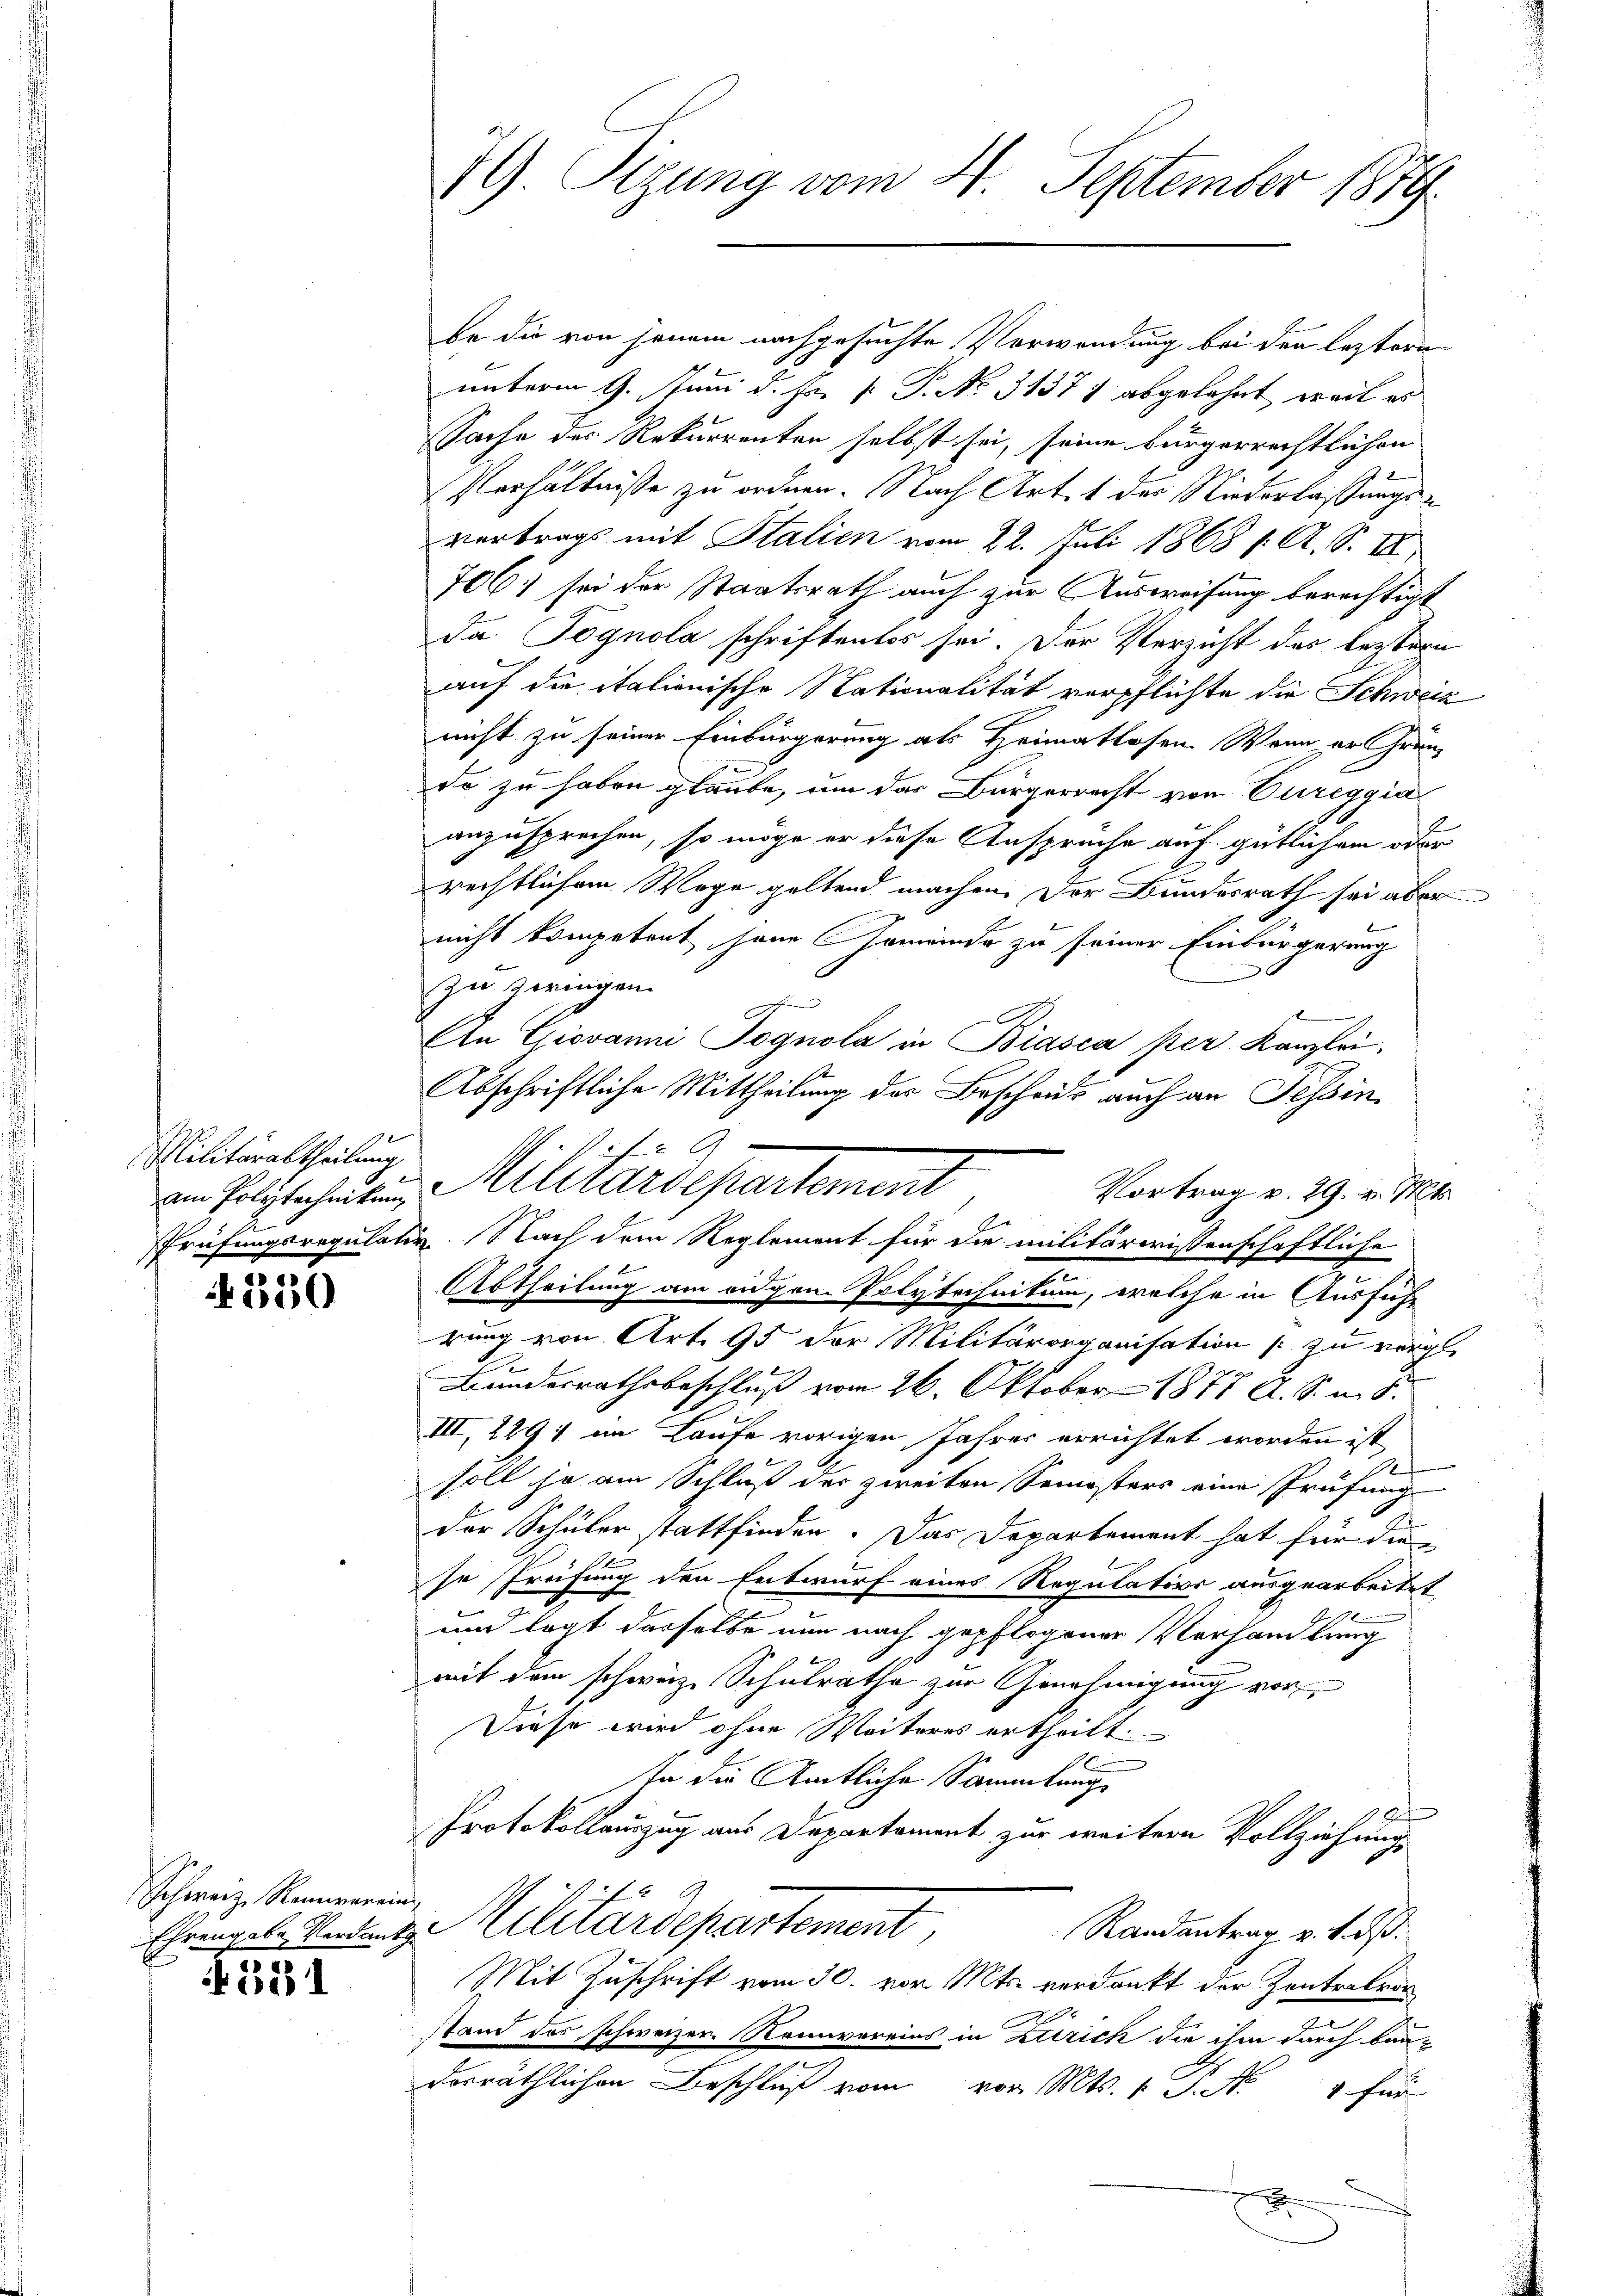
Militärabtheilung
1

350

Schweiz. Ramarein

381

7 Sizung vom 4. September 1879.

be die von jenem nachgesuchte Verwendung bei den leztere
unterm 9. Juni d. Fr. p. P. No 31371 abgelehnt, weil es
Sache des Rekurrenten selbst sei, seine bürgerrechtlichen
Verhältnisse zu ordnen. Nach Art. 1 der Niederlassungsvertrags mit Italien vom 22. Juli 1868 f. A. S. III
706. sei der Staatsrath auch zur Ausweisung berechtigt
da Pognola schriftenlos sei. Der Verzicht des leztern
auf die italionische Nationalität verpflichte die Schweiz
nicht zu seiner Einbürgerung als Heimatlosen. Wenn er Grenz
do zu haben glaube, um das Bürgerrecht von Eureggia
anzusprechen, so möge er diese Ansprüche auf gütlichem oder
rechtlichem Wege geltend machen. Der Bundesrath sei aber
g
nicht kompetent sane Gemeinde zu seiner Einbürgerung
zu zeringen.
erschen
An Giovanni Jognola in Biasca per Kanzlei,
Abschriftliche Mittheilung des Beschaus auch an Tessin,
Abtheilung am eidgen Polytechnitum, welche in Ausführ
rung von Art. 95 der Militärorganisation zu vergl.
Bundesrathsbeschluß vom 26. Oktober 1877 A. S. m. S.
III, 2291 im Laufe vorigen Jahres errichtet worden ist,
7
soll ja am Schluß der zweiten Semesters eine Prüfung
der Schüler stattfinden. Das Departement hat für die
se Treifung den Entwurf eines Regutation ausgearbeitet
und legt derselbe nun nach gepflogener Verhandlung
mit dem schweiz. Schulrathe zur Genehmigung vor
Diese wird ohne Weiteres ertheilt.
In die Amtliche Sammlung
.
Protokollauszug aus Departement zur weiteren Vollziehung,
f
Ehrengele Verdings Militärdepartement,
Randantrag v. 1. ds.
Mit Zuschrift vom 30. vor. Mts. verdankt der Zentretra
.
stand das schweizer Rommvereins in Zürich die ihm durch baudorräthlichen Beschluß vom vor. Mts. 1 S. Nr. 4 für
x

Pf. 9
am Polytechniken Militärdepartement
Vortrag v. 29. v. Mts.
Prüfungsregulativ, Nach dem Reglement für die militärwissenschaftliche